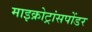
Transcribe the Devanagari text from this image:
माइक्रोट्रांसपोंडर